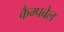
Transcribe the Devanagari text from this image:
कैम्‍पबेल